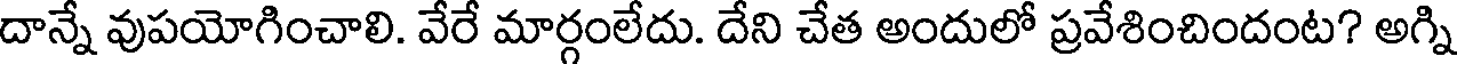
దాన్నే వుపయోగించాలి. వేరే మార్గంలేదు. దేని చేత అందులో ప్రవేశించిందంట? అగ్ని